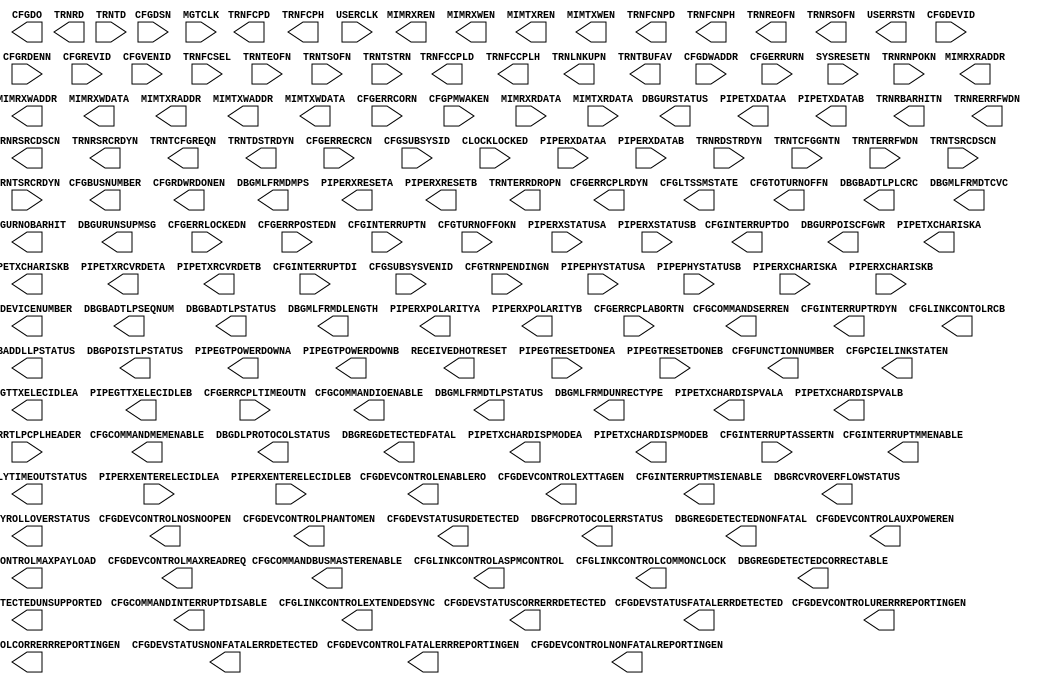
// $Header: /devl/xcs/repo/env/Databases/CAEInterfaces/xec_libs/data/unisims/PCIE_A1.v,v 1.3 2009/08/22 00:32:35 harikr Exp $
///////////////////////////////////////////////////////////////////////////////
// Copyright (c) 1995/2009 Xilinx, Inc.
// All Right Reserved.
///////////////////////////////////////////////////////////////////////////////
//   ____  ____
//  /   /\/   /
// /___/  \  /    Vendor : Xilinx
// \   \   \/     Version : 11.1i (L.11)
//  \   \         Description : Xilinx Formal Library Component
//  /   /
// /___/   /\     Filename : PCIE_A1.v
// \   \  /  \    Timestamp :
//  \___\/\___\
//
// Revision:
//    04/28/09 - Initial version.
// End Revision

`timescale 1 ps / 1 ps 

module PCIE_A1 (
  CFGBUSNUMBER,
  CFGCOMMANDBUSMASTERENABLE,
  CFGCOMMANDINTERRUPTDISABLE,
  CFGCOMMANDIOENABLE,
  CFGCOMMANDMEMENABLE,
  CFGCOMMANDSERREN,
  CFGDEVCONTROLAUXPOWEREN,
  CFGDEVCONTROLCORRERRREPORTINGEN,
  CFGDEVCONTROLENABLERO,
  CFGDEVCONTROLEXTTAGEN,
  CFGDEVCONTROLFATALERRREPORTINGEN,
  CFGDEVCONTROLMAXPAYLOAD,
  CFGDEVCONTROLMAXREADREQ,
  CFGDEVCONTROLNONFATALREPORTINGEN,
  CFGDEVCONTROLNOSNOOPEN,
  CFGDEVCONTROLPHANTOMEN,
  CFGDEVCONTROLURERRREPORTINGEN,
  CFGDEVICENUMBER,
  CFGDEVSTATUSCORRERRDETECTED,
  CFGDEVSTATUSFATALERRDETECTED,
  CFGDEVSTATUSNONFATALERRDETECTED,
  CFGDEVSTATUSURDETECTED,
  CFGDO,
  CFGERRCPLRDYN,
  CFGFUNCTIONNUMBER,
  CFGINTERRUPTDO,
  CFGINTERRUPTMMENABLE,
  CFGINTERRUPTMSIENABLE,
  CFGINTERRUPTRDYN,
  CFGLINKCONTOLRCB,
  CFGLINKCONTROLASPMCONTROL,
  CFGLINKCONTROLCOMMONCLOCK,
  CFGLINKCONTROLEXTENDEDSYNC,
  CFGLTSSMSTATE,
  CFGPCIELINKSTATEN,
  CFGRDWRDONEN,
  CFGTOTURNOFFN,
  DBGBADDLLPSTATUS,
  DBGBADTLPLCRC,
  DBGBADTLPSEQNUM,
  DBGBADTLPSTATUS,
  DBGDLPROTOCOLSTATUS,
  DBGFCPROTOCOLERRSTATUS,
  DBGMLFRMDLENGTH,
  DBGMLFRMDMPS,
  DBGMLFRMDTCVC,
  DBGMLFRMDTLPSTATUS,
  DBGMLFRMDUNRECTYPE,
  DBGPOISTLPSTATUS,
  DBGRCVROVERFLOWSTATUS,
  DBGREGDETECTEDCORRECTABLE,
  DBGREGDETECTEDFATAL,
  DBGREGDETECTEDNONFATAL,
  DBGREGDETECTEDUNSUPPORTED,
  DBGRPLYROLLOVERSTATUS,
  DBGRPLYTIMEOUTSTATUS,
  DBGURNOBARHIT,
  DBGURPOISCFGWR,
  DBGURSTATUS,
  DBGURUNSUPMSG,
  MIMRXRADDR,
  MIMRXREN,
  MIMRXWADDR,
  MIMRXWDATA,
  MIMRXWEN,
  MIMTXRADDR,
  MIMTXREN,
  MIMTXWADDR,
  MIMTXWDATA,
  MIMTXWEN,
  PIPEGTPOWERDOWNA,
  PIPEGTPOWERDOWNB,
  PIPEGTTXELECIDLEA,
  PIPEGTTXELECIDLEB,
  PIPERXPOLARITYA,
  PIPERXPOLARITYB,
  PIPERXRESETA,
  PIPERXRESETB,
  PIPETXCHARDISPMODEA,
  PIPETXCHARDISPMODEB,
  PIPETXCHARDISPVALA,
  PIPETXCHARDISPVALB,
  PIPETXCHARISKA,
  PIPETXCHARISKB,
  PIPETXDATAA,
  PIPETXDATAB,
  PIPETXRCVRDETA,
  PIPETXRCVRDETB,
  RECEIVEDHOTRESET,
  TRNFCCPLD,
  TRNFCCPLH,
  TRNFCNPD,
  TRNFCNPH,
  TRNFCPD,
  TRNFCPH,
  TRNLNKUPN,
  TRNRBARHITN,
  TRNRD,
  TRNREOFN,
  TRNRERRFWDN,
  TRNRSOFN,
  TRNRSRCDSCN,
  TRNRSRCRDYN,
  TRNTBUFAV,
  TRNTCFGREQN,
  TRNTDSTRDYN,
  TRNTERRDROPN,
  USERRSTN,
  CFGDEVID,
  CFGDSN,
  CFGDWADDR,
  CFGERRCORN,
  CFGERRCPLABORTN,
  CFGERRCPLTIMEOUTN,
  CFGERRECRCN,
  CFGERRLOCKEDN,
  CFGERRPOSTEDN,
  CFGERRTLPCPLHEADER,
  CFGERRURN,
  CFGINTERRUPTASSERTN,
  CFGINTERRUPTDI,
  CFGINTERRUPTN,
  CFGPMWAKEN,
  CFGRDENN,
  CFGREVID,
  CFGSUBSYSID,
  CFGSUBSYSVENID,
  CFGTRNPENDINGN,
  CFGTURNOFFOKN,
  CFGVENID,
  CLOCKLOCKED,
  MGTCLK,
  MIMRXRDATA,
  MIMTXRDATA,
  PIPEGTRESETDONEA,
  PIPEGTRESETDONEB,
  PIPEPHYSTATUSA,
  PIPEPHYSTATUSB,
  PIPERXCHARISKA,
  PIPERXCHARISKB,
  PIPERXDATAA,
  PIPERXDATAB,
  PIPERXENTERELECIDLEA,
  PIPERXENTERELECIDLEB,
  PIPERXSTATUSA,
  PIPERXSTATUSB,
  SYSRESETN,
  TRNFCSEL,
  TRNRDSTRDYN,
  TRNRNPOKN,
  TRNTCFGGNTN,
  TRNTD,
  TRNTEOFN,
  TRNTERRFWDN,
  TRNTSOFN,
  TRNTSRCDSCN,
  TRNTSRCRDYN,
  TRNTSTRN,
  USERCLK
);

  parameter [31:0] BAR0 = 32'h00000000;
  parameter [31:0] BAR1 = 32'h00000000;
  parameter [31:0] BAR2 = 32'h00000000;
  parameter [31:0] BAR3 = 32'h00000000;
  parameter [31:0] BAR4 = 32'h00000000;
  parameter [31:0] BAR5 = 32'h00000000;
  parameter [31:0] CARDBUS_CIS_POINTER = 32'h00000000;
  parameter [23:0] CLASS_CODE = 24'h000000;
  parameter integer DEV_CAP_ENDPOINT_L0S_LATENCY = 7;
  parameter integer DEV_CAP_ENDPOINT_L1_LATENCY = 7;
  parameter DEV_CAP_EXT_TAG_SUPPORTED = "FALSE";
  parameter integer DEV_CAP_MAX_PAYLOAD_SUPPORTED = 2;
  parameter integer DEV_CAP_PHANTOM_FUNCTIONS_SUPPORT = 0;
  parameter DEV_CAP_ROLE_BASED_ERROR = "TRUE";
  parameter DISABLE_BAR_FILTERING = "FALSE";
  parameter DISABLE_ID_CHECK = "FALSE";
  parameter DISABLE_SCRAMBLING = "FALSE";
  parameter ENABLE_RX_TD_ECRC_TRIM = "FALSE";
  parameter [21:0] EXPANSION_ROM = 22'h000000;
  parameter FAST_TRAIN = "FALSE";
  parameter integer GTP_SEL = 0;
  parameter integer LINK_CAP_ASPM_SUPPORT = 1;
  parameter integer LINK_CAP_L0S_EXIT_LATENCY = 7;
  parameter integer LINK_CAP_L1_EXIT_LATENCY = 7;
  parameter LINK_STATUS_SLOT_CLOCK_CONFIG = "FALSE";
  parameter [14:0] LL_ACK_TIMEOUT = 15'h0204;
  parameter LL_ACK_TIMEOUT_EN = "FALSE";
  parameter [14:0] LL_REPLAY_TIMEOUT = 15'h060D;
  parameter LL_REPLAY_TIMEOUT_EN = "FALSE";
  parameter integer MSI_CAP_MULTIMSGCAP = 0;
  parameter integer MSI_CAP_MULTIMSG_EXTENSION = 0;
  parameter [3:0] PCIE_CAP_CAPABILITY_VERSION = 4'h1;
  parameter [3:0] PCIE_CAP_DEVICE_PORT_TYPE = 4'h0;
  parameter [4:0] PCIE_CAP_INT_MSG_NUM = 5'b00000;
  parameter PCIE_CAP_SLOT_IMPLEMENTED = "FALSE";
  parameter [11:0] PCIE_GENERIC = 12'h000;
  parameter PLM_AUTO_CONFIG = "FALSE";
  parameter integer PM_CAP_AUXCURRENT = 0;
  parameter PM_CAP_D1SUPPORT = "TRUE";
  parameter PM_CAP_D2SUPPORT = "TRUE";
  parameter PM_CAP_DSI = "FALSE";
  parameter [4:0] PM_CAP_PMESUPPORT = 5'b01111;
  parameter PM_CAP_PME_CLOCK = "FALSE";
  parameter integer PM_CAP_VERSION = 3;
  parameter [7:0] PM_DATA0 = 8'h1E;
  parameter [7:0] PM_DATA1 = 8'h1E;
  parameter [7:0] PM_DATA2 = 8'h1E;
  parameter [7:0] PM_DATA3 = 8'h1E;
  parameter [7:0] PM_DATA4 = 8'h1E;
  parameter [7:0] PM_DATA5 = 8'h1E;
  parameter [7:0] PM_DATA6 = 8'h1E;
  parameter [7:0] PM_DATA7 = 8'h1E;
  parameter [1:0] PM_DATA_SCALE0 = 2'b01;
  parameter [1:0] PM_DATA_SCALE1 = 2'b01;
  parameter [1:0] PM_DATA_SCALE2 = 2'b01;
  parameter [1:0] PM_DATA_SCALE3 = 2'b01;
  parameter [1:0] PM_DATA_SCALE4 = 2'b01;
  parameter [1:0] PM_DATA_SCALE5 = 2'b01;
  parameter [1:0] PM_DATA_SCALE6 = 2'b01;
  parameter [1:0] PM_DATA_SCALE7 = 2'b01;
  parameter SIM_VERSION = "1.0";
  parameter SLOT_CAP_ATT_BUTTON_PRESENT = "FALSE";
  parameter SLOT_CAP_ATT_INDICATOR_PRESENT = "FALSE";
  parameter SLOT_CAP_POWER_INDICATOR_PRESENT = "FALSE";
  parameter integer TL_RX_RAM_RADDR_LATENCY = 1;
  parameter integer TL_RX_RAM_RDATA_LATENCY = 2;
  parameter integer TL_RX_RAM_WRITE_LATENCY = 0;
  parameter TL_TFC_DISABLE = "FALSE";
  parameter TL_TX_CHECKS_DISABLE = "FALSE";
  parameter integer TL_TX_RAM_RADDR_LATENCY = 0;
  parameter integer TL_TX_RAM_RDATA_LATENCY = 2;
  parameter USR_CFG = "FALSE";
  parameter USR_EXT_CFG = "FALSE";
  parameter VC0_CPL_INFINITE = "TRUE";
  parameter [11:0] VC0_RX_RAM_LIMIT = 12'h01E;
  parameter integer VC0_TOTAL_CREDITS_CD = 104;
  parameter integer VC0_TOTAL_CREDITS_CH = 36;
  parameter integer VC0_TOTAL_CREDITS_NPH = 8;
  parameter integer VC0_TOTAL_CREDITS_PD = 288;
  parameter integer VC0_TOTAL_CREDITS_PH = 32;
  parameter integer VC0_TX_LASTPACKET = 31;

  output CFGCOMMANDBUSMASTERENABLE;
  output CFGCOMMANDINTERRUPTDISABLE;
  output CFGCOMMANDIOENABLE;
  output CFGCOMMANDMEMENABLE;
  output CFGCOMMANDSERREN;
  output CFGDEVCONTROLAUXPOWEREN;
  output CFGDEVCONTROLCORRERRREPORTINGEN;
  output CFGDEVCONTROLENABLERO;
  output CFGDEVCONTROLEXTTAGEN;
  output CFGDEVCONTROLFATALERRREPORTINGEN;
  output CFGDEVCONTROLNONFATALREPORTINGEN;
  output CFGDEVCONTROLNOSNOOPEN;
  output CFGDEVCONTROLPHANTOMEN;
  output CFGDEVCONTROLURERRREPORTINGEN;
  output CFGDEVSTATUSCORRERRDETECTED;
  output CFGDEVSTATUSFATALERRDETECTED;
  output CFGDEVSTATUSNONFATALERRDETECTED;
  output CFGDEVSTATUSURDETECTED;
  output CFGERRCPLRDYN;
  output CFGINTERRUPTMSIENABLE;
  output CFGINTERRUPTRDYN;
  output CFGLINKCONTOLRCB;
  output CFGLINKCONTROLCOMMONCLOCK;
  output CFGLINKCONTROLEXTENDEDSYNC;
  output CFGRDWRDONEN;
  output CFGTOTURNOFFN;
  output DBGBADDLLPSTATUS;
  output DBGBADTLPLCRC;
  output DBGBADTLPSEQNUM;
  output DBGBADTLPSTATUS;
  output DBGDLPROTOCOLSTATUS;
  output DBGFCPROTOCOLERRSTATUS;
  output DBGMLFRMDLENGTH;
  output DBGMLFRMDMPS;
  output DBGMLFRMDTCVC;
  output DBGMLFRMDTLPSTATUS;
  output DBGMLFRMDUNRECTYPE;
  output DBGPOISTLPSTATUS;
  output DBGRCVROVERFLOWSTATUS;
  output DBGREGDETECTEDCORRECTABLE;
  output DBGREGDETECTEDFATAL;
  output DBGREGDETECTEDNONFATAL;
  output DBGREGDETECTEDUNSUPPORTED;
  output DBGRPLYROLLOVERSTATUS;
  output DBGRPLYTIMEOUTSTATUS;
  output DBGURNOBARHIT;
  output DBGURPOISCFGWR;
  output DBGURSTATUS;
  output DBGURUNSUPMSG;
  output MIMRXREN;
  output MIMRXWEN;
  output MIMTXREN;
  output MIMTXWEN;
  output PIPEGTTXELECIDLEA;
  output PIPEGTTXELECIDLEB;
  output PIPERXPOLARITYA;
  output PIPERXPOLARITYB;
  output PIPERXRESETA;
  output PIPERXRESETB;
  output PIPETXRCVRDETA;
  output PIPETXRCVRDETB;
  output RECEIVEDHOTRESET;
  output TRNLNKUPN;
  output TRNREOFN;
  output TRNRERRFWDN;
  output TRNRSOFN;
  output TRNRSRCDSCN;
  output TRNRSRCRDYN;
  output TRNTCFGREQN;
  output TRNTDSTRDYN;
  output TRNTERRDROPN;
  output USERRSTN;
  output [11:0] MIMRXRADDR;
  output [11:0] MIMRXWADDR;
  output [11:0] MIMTXRADDR;
  output [11:0] MIMTXWADDR;
  output [11:0] TRNFCCPLD;
  output [11:0] TRNFCNPD;
  output [11:0] TRNFCPD;
  output [15:0] PIPETXDATAA;
  output [15:0] PIPETXDATAB;
  output [1:0] CFGLINKCONTROLASPMCONTROL;
  output [1:0] PIPEGTPOWERDOWNA;
  output [1:0] PIPEGTPOWERDOWNB;
  output [1:0] PIPETXCHARDISPMODEA;
  output [1:0] PIPETXCHARDISPMODEB;
  output [1:0] PIPETXCHARDISPVALA;
  output [1:0] PIPETXCHARDISPVALB;
  output [1:0] PIPETXCHARISKA;
  output [1:0] PIPETXCHARISKB;
  output [2:0] CFGDEVCONTROLMAXPAYLOAD;
  output [2:0] CFGDEVCONTROLMAXREADREQ;
  output [2:0] CFGFUNCTIONNUMBER;
  output [2:0] CFGINTERRUPTMMENABLE;
  output [2:0] CFGPCIELINKSTATEN;
  output [31:0] CFGDO;
  output [31:0] TRNRD;
  output [34:0] MIMRXWDATA;
  output [35:0] MIMTXWDATA;
  output [4:0] CFGDEVICENUMBER;
  output [4:0] CFGLTSSMSTATE;
  output [5:0] TRNTBUFAV;
  output [6:0] TRNRBARHITN;
  output [7:0] CFGBUSNUMBER;
  output [7:0] CFGINTERRUPTDO;
  output [7:0] TRNFCCPLH;
  output [7:0] TRNFCNPH;
  output [7:0] TRNFCPH;

  input CFGERRCORN;
  input CFGERRCPLABORTN;
  input CFGERRCPLTIMEOUTN;
  input CFGERRECRCN;
  input CFGERRLOCKEDN;
  input CFGERRPOSTEDN;
  input CFGERRURN;
  input CFGINTERRUPTASSERTN;
  input CFGINTERRUPTN;
  input CFGPMWAKEN;
  input CFGRDENN;
  input CFGTRNPENDINGN;
  input CFGTURNOFFOKN;
  input CLOCKLOCKED;
  input MGTCLK;
  input PIPEGTRESETDONEA;
  input PIPEGTRESETDONEB;
  input PIPEPHYSTATUSA;
  input PIPEPHYSTATUSB;
  input PIPERXENTERELECIDLEA;
  input PIPERXENTERELECIDLEB;
  input SYSRESETN;
  input TRNRDSTRDYN;
  input TRNRNPOKN;
  input TRNTCFGGNTN;
  input TRNTEOFN;
  input TRNTERRFWDN;
  input TRNTSOFN;
  input TRNTSRCDSCN;
  input TRNTSRCRDYN;
  input TRNTSTRN;
  input USERCLK;
  input [15:0] CFGDEVID;
  input [15:0] CFGSUBSYSID;
  input [15:0] CFGSUBSYSVENID;
  input [15:0] CFGVENID;
  input [15:0] PIPERXDATAA;
  input [15:0] PIPERXDATAB;
  input [1:0] PIPERXCHARISKA;
  input [1:0] PIPERXCHARISKB;
  input [2:0] PIPERXSTATUSA;
  input [2:0] PIPERXSTATUSB;
  input [2:0] TRNFCSEL;
  input [31:0] TRNTD;
  input [34:0] MIMRXRDATA;
  input [35:0] MIMTXRDATA;
  input [47:0] CFGERRTLPCPLHEADER;
  input [63:0] CFGDSN;
  input [7:0] CFGINTERRUPTDI;
  input [7:0] CFGREVID;
  input [9:0] CFGDWADDR;

endmodule // PCIE_A1